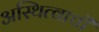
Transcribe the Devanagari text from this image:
अस्थित्वाची